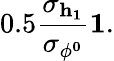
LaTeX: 0.5\le{\frac{\sigma_{h_{1}}}{\sigma_{\phi^{0}}}}\le 1.